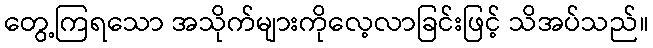
တွေ့ကြရသော အသိုက်များကိုလေ့လာခြင်းဖြင့် သိအပ်သည်။